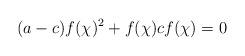
LaTeX: \begin{align*} (a-c)f(\chi)^2+f(\chi)cf(\chi)=0 \end{align*}